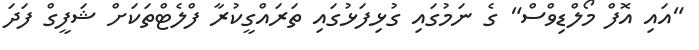
"އައި އޮފް މޯލްޑިވްސް" ގެ ނަމުގައި ގުޅިފަޅުގައި ތަރައްގީކުރާ ފްލެޓްތަކަށް ޝަފީގް ފަދަ